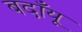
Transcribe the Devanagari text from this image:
बदाँयू